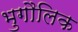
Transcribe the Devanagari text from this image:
भुगौलिक